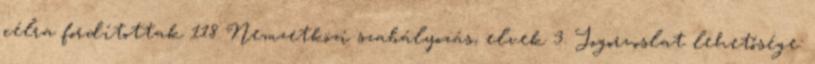
célra fordítottak 118 Nemzetközi szabályozás, elvek 3. Jogorvoslat lehetősége: